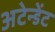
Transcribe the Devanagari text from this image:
अटेन्डेंट